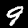
Label: 9